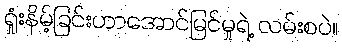
ရှုံးနိမ့်ခြင်းဟာအောင်မြင်မှုရဲ့ လမ်းစပဲ။